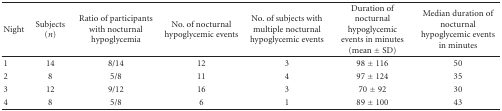
| Night | Subjects (n) | Ratio of participants with nocturnal hypoglycemia | No. of nocturnal hypoglycemic events | No. of subjects with multiple nocturnal hypoglycemic events | Duration of nocturnal hypoglycemic events in minutes (mean ± SD) | Median duration of nocturnal hypoglycemic events in minutes |
 | --- | --- | --- | --- | --- | --- | --- |
 | 1 | 14 | 8/14 | 12 | 3 | 98 ± 116 | 50 |
 | 2 | 8 | 5/8 | 11 | 4 | 97 ± 124 | 35 |
 | 3 | 12 | 9/12 | 16 | 3 | 70 ± 92 | 30 |
 | 4 | 8 | 5/8 | 6 | 1 | 89 ± 100 | 43 |